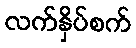
လက်နှိပ်စက်